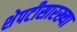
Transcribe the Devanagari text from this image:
शेपटीसारख्या